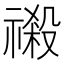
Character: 𮂎